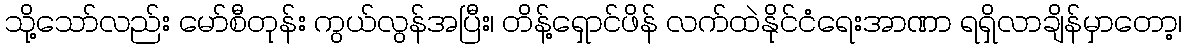
သို့သော်လည်း မော်စီတုန်း ကွယ်လွန်အပြီး၊ တိန့်ရှောင်ဖိန် လက်ထဲနိုင်ငံရေးအာဏာ ရရှိလာချိန်မှာတော့၊